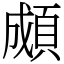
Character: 䫆